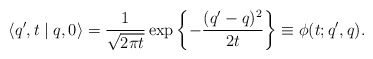
\begin{align*} \langle q',t\mid q,0 \rangle = \frac{1}{\sqrt{2\pi t}} \exp \left\{- \frac{(q'-q)^2}{2t} \right\} \equiv \phi(t;q',q).\end{align*}